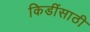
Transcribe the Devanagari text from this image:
किडींसाठी